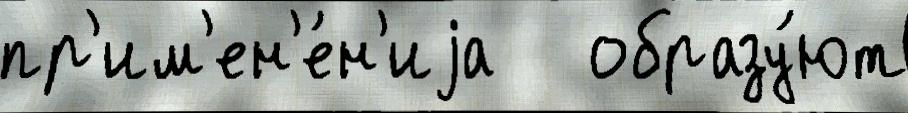
пр'им'ен'е́н'иjа   образу́ют